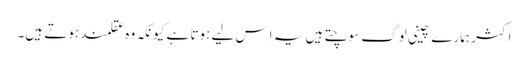
اکثر ہمارے چینی لوگ سوچتے ہیں یہ اِس لیے ہوتا ہے کیونکہ وہ عقلمند ہوتے ہیں۔